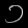
Digit: ၁